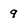
Character: 9